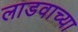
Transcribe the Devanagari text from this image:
लाडवाच्या